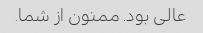
عالی بود. ممنون از شما.